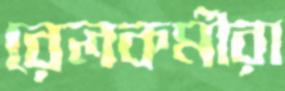
রেলকর্মীরা